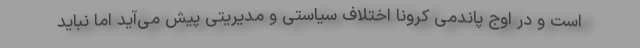
است و در اوج پاندمی کرونا اختلاف سیاستی و مدیریتی پیش می‌آید اما نباید